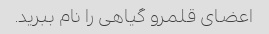
اعضای قلمرو گیاهی را نام ببرید.